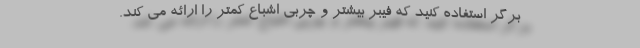
برگر استفاده کنید که فیبر بیشتر و چربی اشباع کمتر را ارائه می کند.